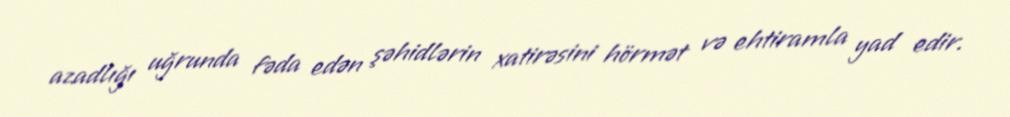
azadlığı uğrunda fəda edən şəhidlərin xatirəsini hörmət və ehtiramla yad edir.